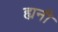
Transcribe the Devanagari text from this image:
ह्यनी